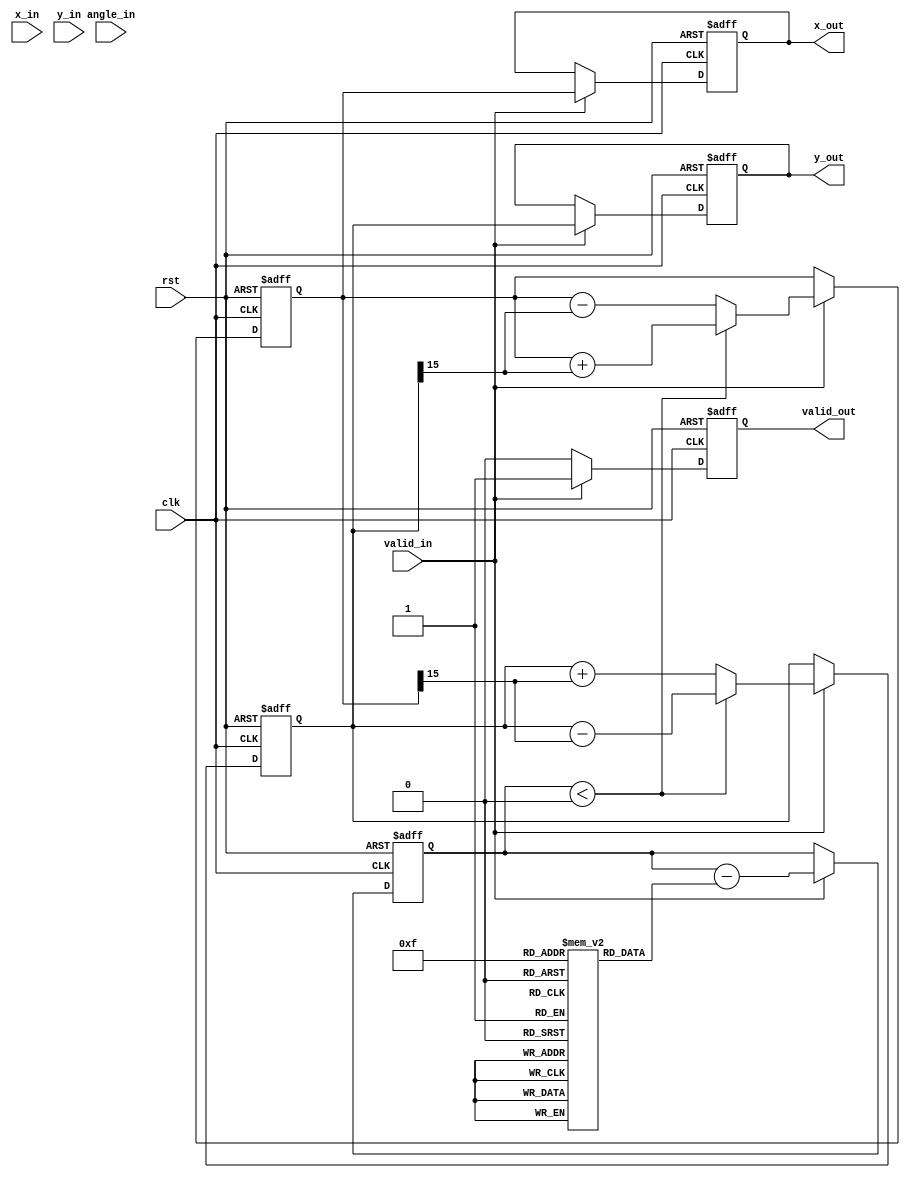
module pipelined_cordic #(
    parameter N = 16,               // Number of iterations
    parameter WIDTH = 16            // Bit-width for fixed-point representation
)(
    input wire clk,
    input wire rst,
    input wire valid_in,            // Input valid signal
    input wire [WIDTH-1:0] x_in,    // Input X coordinate
    input wire [WIDTH-1:0] y_in,    // Input Y coordinate
    input wire [WIDTH-1:0] angle_in, // Input rotation angle
    output reg valid_out,           // Output valid signal
    output reg [WIDTH-1:0] x_out,   // Output X coordinate
    output reg [WIDTH-1:0] y_out    // Output Y coordinate
);

    // CORDIC angle table (in radians, scaled)
    reg [WIDTH-1:0] angle_table [0:N-1];
    initial begin
        angle_table[0] = 16'h2000; // atan(2^-0)
        angle_table[1] = 16'h1000; // atan(2^-1)
        angle_table[2] = 16'h0800; // atan(2^-2)
        // ... Fill in the rest of the angle values ...
        angle_table[N-1] = 16'h0001; // atan(2^-(N-1))
    end

    // Pipeline registers for stages
    reg [WIDTH-1:0] x_reg [0:N-1];
    reg [WIDTH-1:0] y_reg [0:N-1];
    reg [WIDTH-1:0] angle_reg [0:N-1];
    reg [N-1:0] direction; // Rotation direction

    // Control logic for pipeline
    integer i;

    always @(posedge clk or posedge rst) begin
        if (rst) begin
            valid_out <= 0;
            x_out <= 0;
            y_out <= 0;
            for (i = 0; i < N; i = i + 1) begin
                x_reg[i] <= 0;
                y_reg[i] <= 0;
                angle_reg[i] <= 0;
            end
        end else if (valid_in) begin
            // Load inputs into the first stage
            x_reg[0] <= x_in;
            y_reg[0] <= y_in;
            angle_reg[0] <= angle_in;

            // Shift registers and compute CORDIC
            for (i = 0; i < N-1; i = i + 1) begin
                x_reg[i+1] <= x_reg[i];
                y_reg[i+1] <= y_reg[i];
                angle_reg[i+1] <= angle_reg[i];
            end

            // CORDIC computation for each stage
            for (i = 0; i < N; i = i + 1) begin
                if (angle_reg[i] < 0) begin
                    direction[i] = 1'b0; // Rotate clockwise
                    x_reg[i] <= x_reg[i] + (y_reg[i] >> i);
                    y_reg[i] <= y_reg[i] - (x_reg[i] >> i);
                end else begin
                    direction[i] = 1'b1; // Rotate counterclockwise
                    x_reg[i] <= x_reg[i] - (y_reg[i] >> i);
                    y_reg[i] <= y_reg[i] + (x_reg[i] >> i);
                end
                angle_reg[i] <= angle_reg[i] - angle_table[i];
            end

            // Output from the last stage
            x_out <= x_reg[N-1];
            y_out <= y_reg[N-1];
            valid_out <= 1; // Signal that output is valid
        end else begin
            valid_out <= 0; // Reset valid output if no input
        end
    end

endmodule